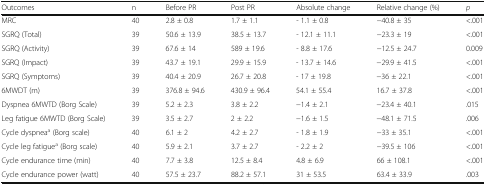
<table><thead><tr><td><b>Outcomes</b></td><td><b>n</b></td><td><b>Before PR</b></td><td><b>Post PR</b></td><td><b>Absolute change</b></td><td><b>Relative change (%)</b></td><td><b><i>p</i></b></td></tr></thead><tbody><tr><td>MRC</td><td>40</td><td>2.8 ± 0.8</td><td>1.7 ± 1.1</td><td>- 1.1 ± 0.8</td><td>−40.8 ± 35</td><td>&lt;.001</td></tr><tr><td>SGRQ (Total)</td><td>39</td><td>50.6 ± 13.9</td><td>38.5 ± 13.7</td><td>- 12.1 ± 11.1</td><td>−23.3 ± 19</td><td>&lt;.001</td></tr><tr><td>SGRQ (Activity)</td><td>39</td><td>67.6 ± 14</td><td>589 ± 19.6</td><td>- 8.8 ± 17.6</td><td>−12.5 ± 24.7</td><td>0.009</td></tr><tr><td>SGRQ (Impact)</td><td>39</td><td>43.7 ± 19.1</td><td>29.9 ± 15.9</td><td>- 13.7 ± 14.6</td><td>−29.9 ± 41.5</td><td>&lt;.001</td></tr><tr><td>SGRQ (Symptoms)</td><td>39</td><td>40.4 ± 20.9</td><td>26.7 ± 20.8</td><td>- 17 ± 19.8</td><td>−36 ± 22.1</td><td>&lt;.001</td></tr><tr><td>6MWDT (m)</td><td>39</td><td>376.8 ± 94.6</td><td>430.9 ± 96.4</td><td>54.1 ± 55.4</td><td>16.7 ± 37.8</td><td>&lt;.001</td></tr><tr><td>Dyspnea 6MWTD (Borg Scale)</td><td>39</td><td>5.2 ± 2.3</td><td>3.8 ± 2.2</td><td>−1.4 ± 2.1</td><td>−23.4 ± 40.1</td><td>.015</td></tr><tr><td>Leg fatigue 6MWTD (Borg Scale)</td><td>39</td><td>3.5 ± 2.7</td><td>2 ± 2.2</td><td>−1.6 ± 1.5</td><td>−48.1 ± 71.5</td><td>.006</td></tr><tr><td>Cycle dyspnea<sup>a</sup> (Borg scale)</td><td>40</td><td>6.1 ± 2</td><td>4.2 ± 2.7</td><td>- 1.8 ± 1.9</td><td>−33 ± 35.1</td><td>&lt;.001</td></tr><tr><td>Cycle leg fatigue<sup>a</sup> (Borg scale)</td><td>40</td><td>5.9 ± 2.1</td><td>3.7 ± 2.7</td><td>- 2.2 ± 2</td><td>−39.5 ± 106</td><td>&lt;.001</td></tr><tr><td>Cycle endurance time (min)</td><td>40</td><td>7.7 ± 3.8</td><td>12.5 ± 8.4</td><td>4.8 ± 6.9</td><td>66 ± 108.1</td><td>&lt;.001</td></tr><tr><td>Cycle endurance power (watt)</td><td>40</td><td>57.5 ± 23.7</td><td>88.2 ± 57.1</td><td>31 ± 53.5</td><td>63.4 ± 33.9</td><td>.003</td></tr></tbody></table>